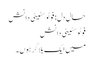
حالِ دل: فوٹوسٹیٹی دانش
فوٹوسٹیٹی دانش
میں ایک بلاگر ہوں۔